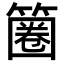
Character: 𥱽